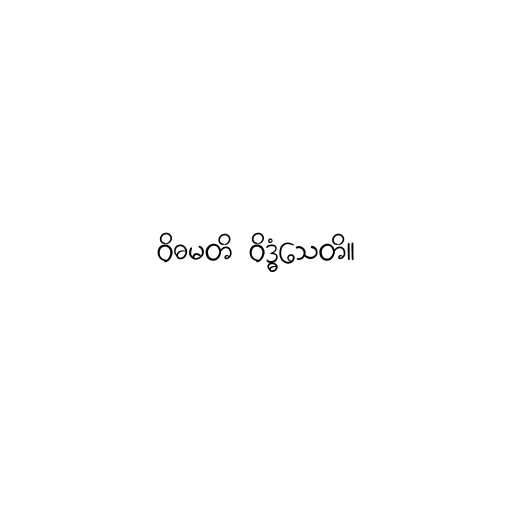
ဝိဓမတိ ဝိဒ္ဓံသေတိ။